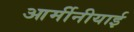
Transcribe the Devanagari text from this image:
आर्मीनीयाई